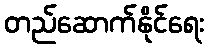
တည်ဆောက်နိုင်ရေး